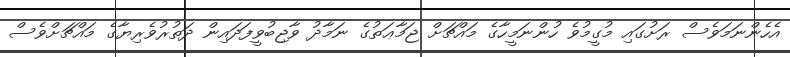
އެހެންނަމަވެސް ރަށުގައި މުގީމުވެ ހުންނަމީހާގެ މައްޗަށް ޖަމާޢަތުގެ ނަމާދު ވާޖިބުވީފަދައިން ދަތުރުވެރިޔާގެ މައްޗަށްވެސް